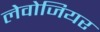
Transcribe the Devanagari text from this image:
लेवोजियर